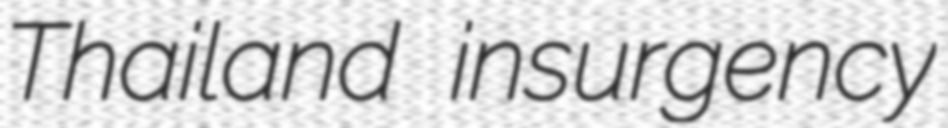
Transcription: Thailand insurgency